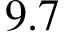
9 . 7